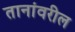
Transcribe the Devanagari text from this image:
तानांवरील